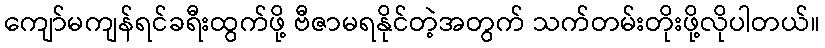
ကျော်မကျန်ရင်ခရီးထွက်ဖို့ ဗီဇာမရနိုင်တဲ့အတွက် သက်တမ်းတိုးဖို့လိုပါတယ်။